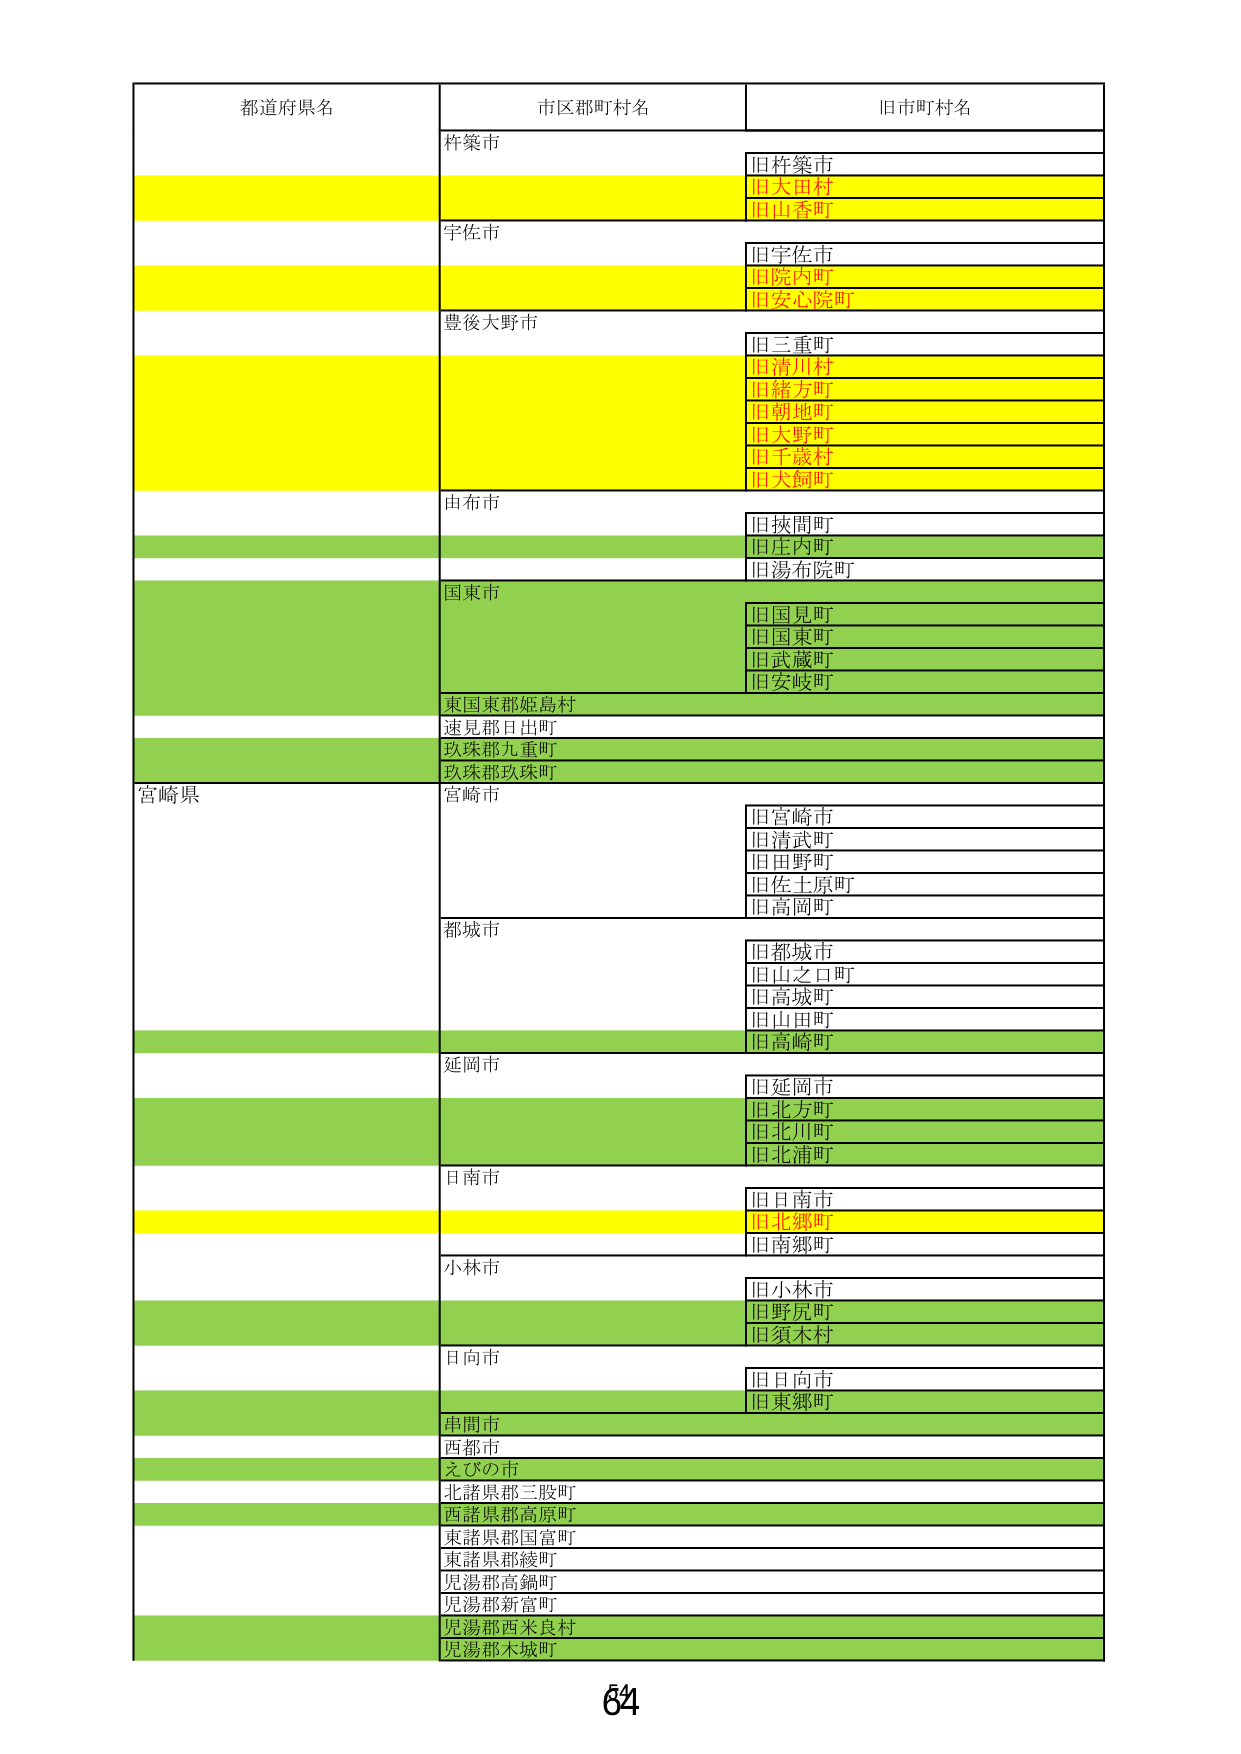
都道府県名 市区郡町村名 旧市町村名
杵築市 旧杵築市
旧大田村
旧山香町
宇佐市 旧宇佐市
旧院内町
旧安心院町
豊後大野市 旧三重町
旧清川村
旧緒方町
旧朝地町
旧大野町
旧千歳村
旧大飼町
由布市 旧挾間町
旧庄内町
旧湯布院町
国東市 旧国見町
旧国東町
旧武蔵町
旧安岐町
東国東郡姫島村
速見郡日出町
玖珠郡九重町
玖珠郡玖珠町
宮崎県 宮崎市 旧宮崎市
旧清武町
旧田野町
旧佐土原町
旧高岡町
都城市 旧都城市
旧山之口町
旧高城町
旧山田町
旧高崎町
延岡市 旧延岡市
旧北方町
旧北川町
旧北浦町
日南市 旧日南市
旧北郷町
旧南郷町
小林市 旧小林市
旧野尻町
旧須木村
日向市 旧日向市
旧東郷町
串間市
西都市
えびの市
北諸県郡三股町
西諸県郡高原町
東諸県郡国富町
東諸県郡綾町
児湯郡高鍋町
児湯郡新富町
児湯郡西米良村
児湯郡木城町
64